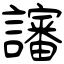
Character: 讅